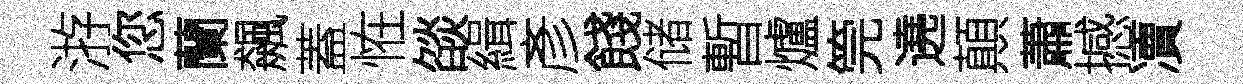
㳺您蘭飆蓋恠燄緝彥餞储暫爐筦遶顛蕭撼凟